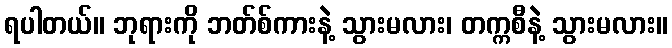
ရပါတယ်။ ဘုရားကို ဘတ်စ်ကားနဲ့ သွားမလား၊ တက္ကစီနဲ့ သွားမလား။